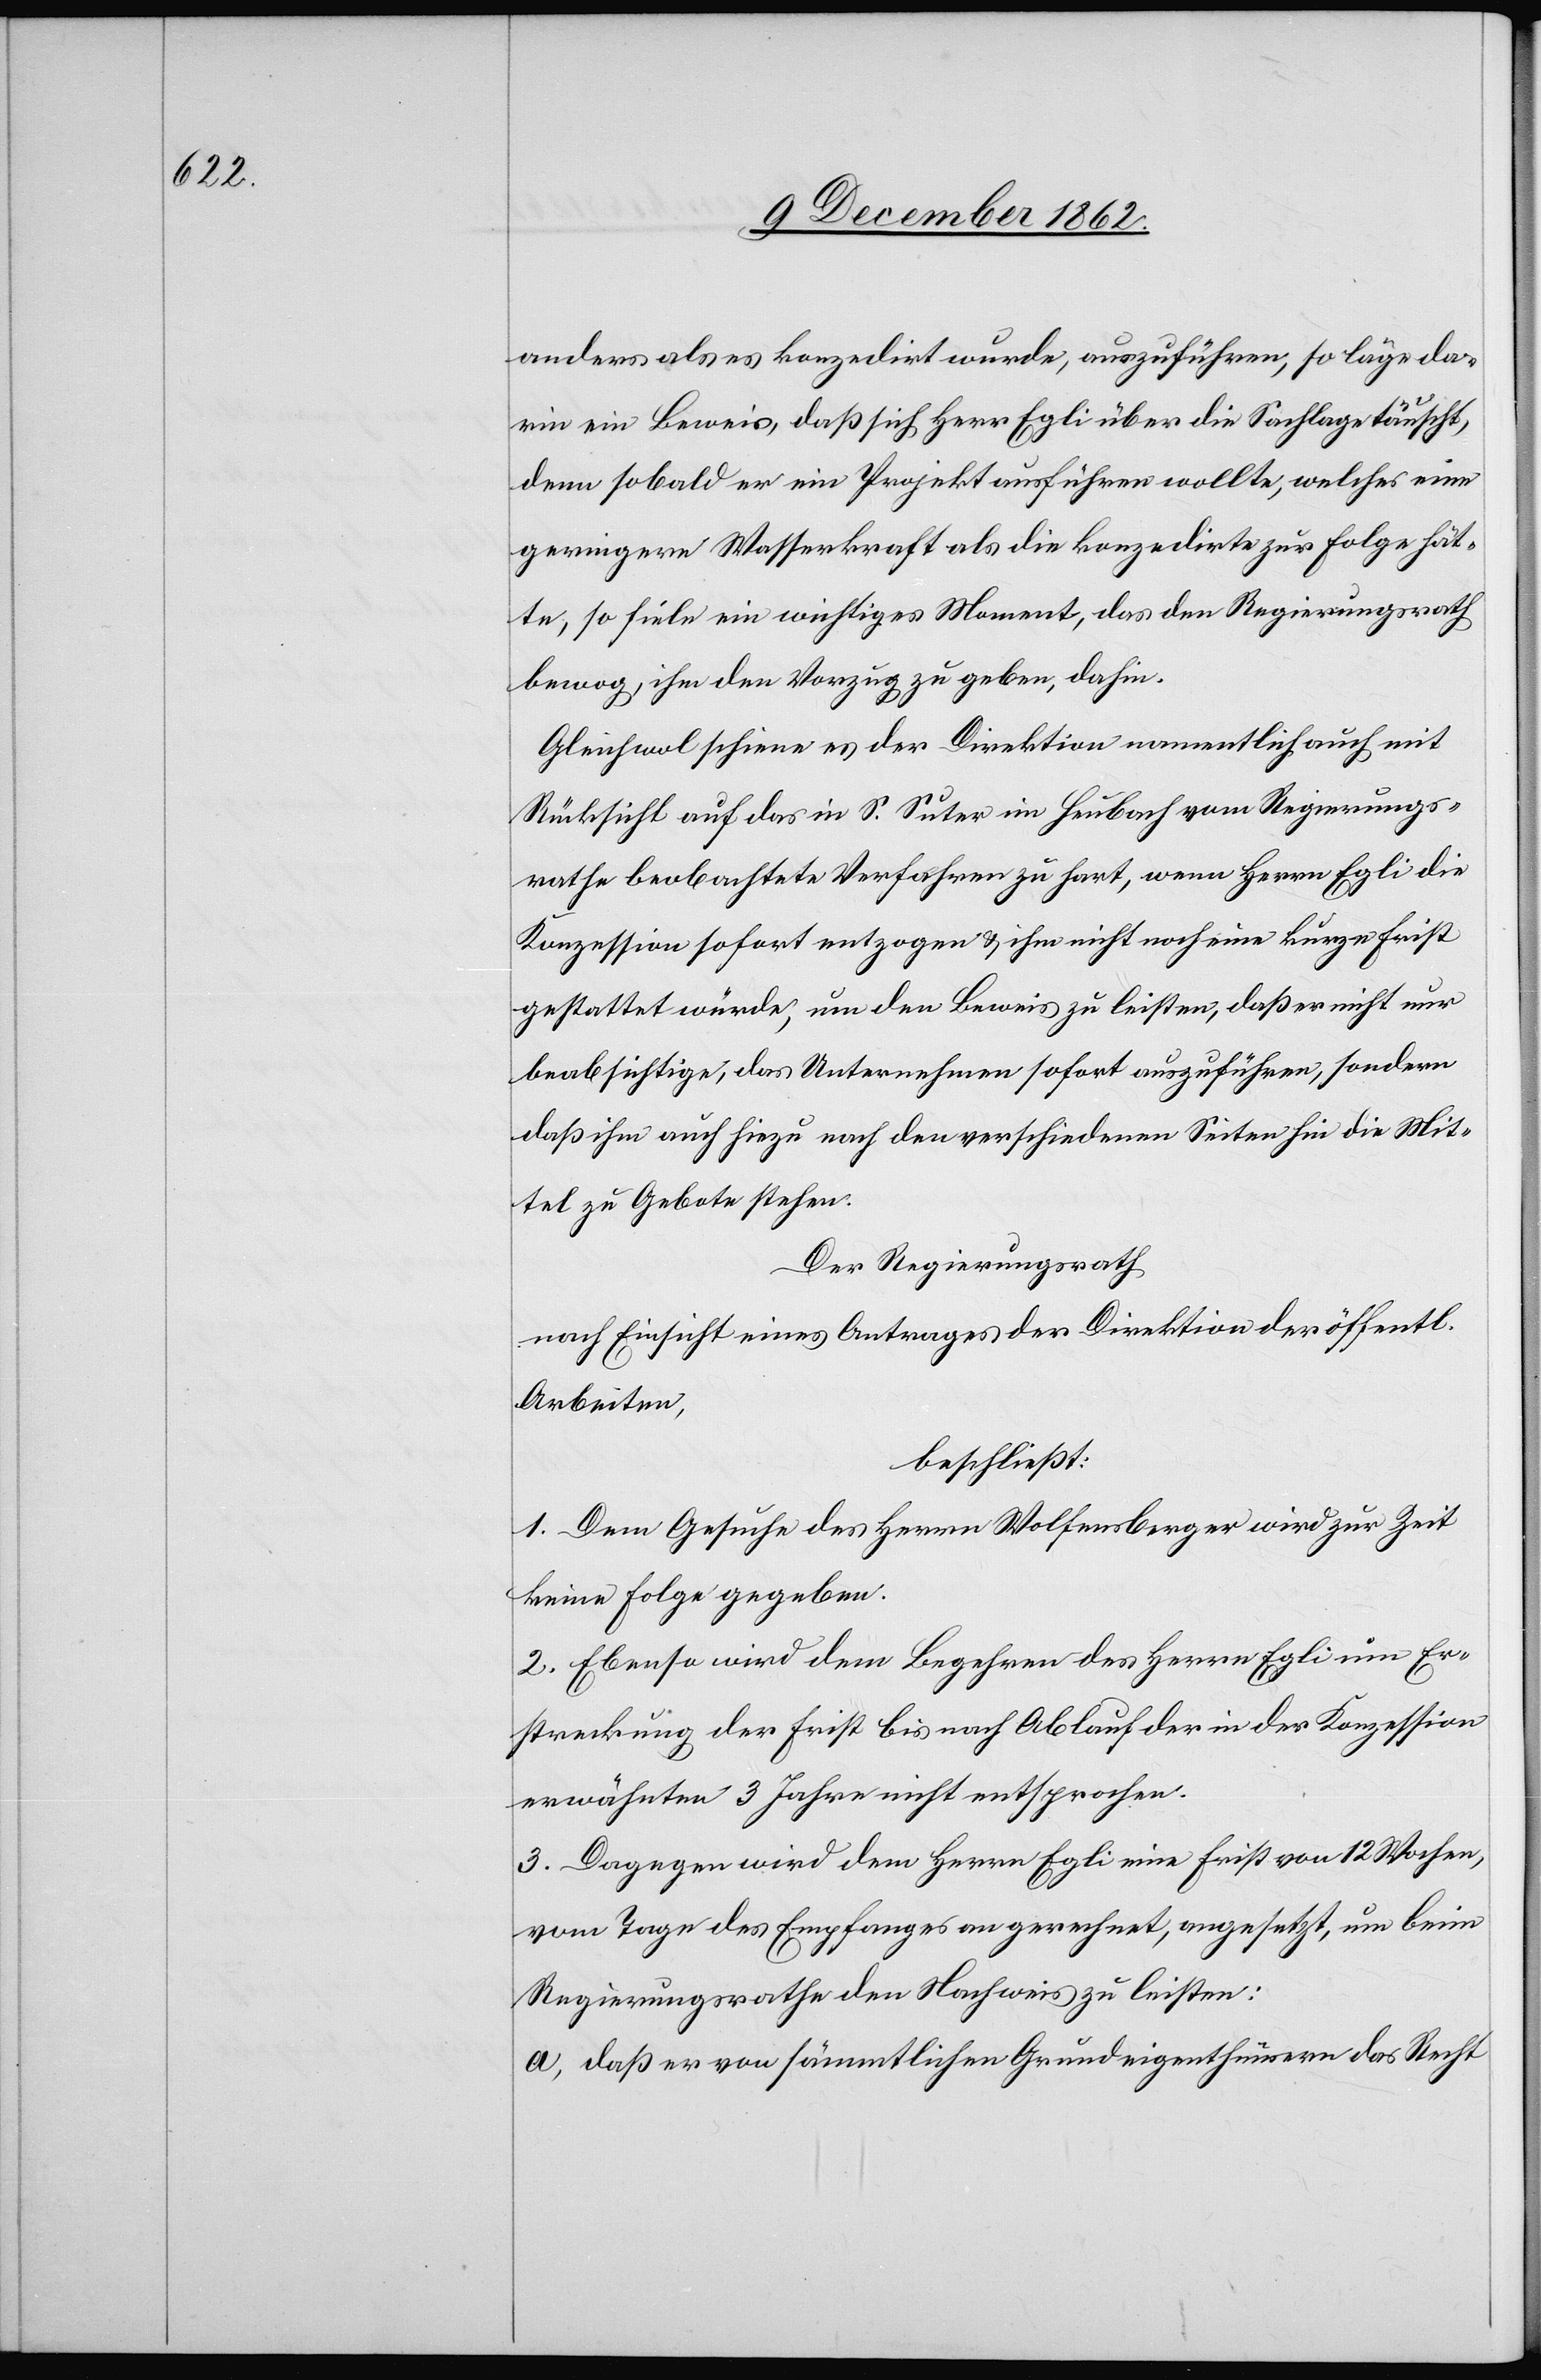
anders als es konzedirt wurde, auszuführen, so läge da¬
rin ein Beweis, daß sich Herr Egli über die Sachlage täuscht,
denn sobald er ein Projekt ausführen wollte, welches eine
geringere Wasserkraft als die konzedirte zur Folge hät¬
te, so fiele ein wichtiges Moment, das den Regierungsrath
bewog, ihm den Vorzug zu geben, dahin.
Gleichwol schiene es der Direktion namentlich auch mit
Rücksicht auf das in S. Suter im Heubach vom Regierungs¬
rathe beobachtete Verfahren zu hart, wenn Herrn Egli die
Konzession sofort entzogen u. ihm nicht noch eine kurze Frist
gestattet würde, um den Beweis zu leisten, daß er nicht nur
beabsichtige, das Unternehmen sofort auszuführen, sondern
daß ihm auch hiezu nach den verschiedenen Seiten hin die Mit¬
tel zu Gebote stehen.
Der Regierungsrath
nach Einsicht eines Antrages der Direktion der öffentl.
Arbeiten,
beschließt:
1. Dem Gesuche des Herrn Wolfensberger wird zur Zeit
keine Folge gegeben.
2. Ebenso wird den Begehren des Herr Egli um Er¬
streckung der Frist bis nach Ablauf der in der Konzession
erwähnten 3 Jahre nicht entsprochen.
3. Dagegen wird dem Herrn Egli eine Frist von 12 Wochen,
vom Tage des Empfanges angerechnet, angesetzt, um beim
Regierungsrathe den Nachweis zu leisten:
a. daß er von sämmtlichen Grundeigenthümern das Recht